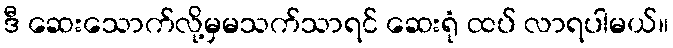
ဒီ ဆေးသောက်လို့မှမသက်သာရင် ဆေးရုံ ထပ် လာရပါမယ်။